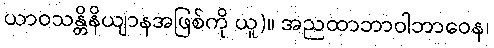
ယာဝသန္တိနိယျာနအဖြစ်ကို ယူ)။ အညထာဘာဝါဘာဝေန၊